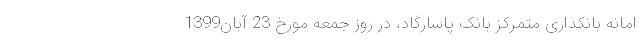
امانه‌ بانکداری متمرکز بانک پاسارگاد، در روز جمعه مورخ 23 آبان1399